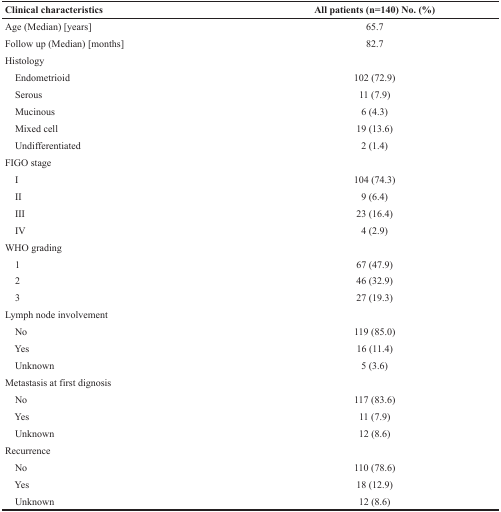
| Clinical characteristics | All patients (n=140) No. (%) |
 | --- | --- |
 | Age (Median) [years] | 65.7 |
 | Follow up (Median) [months] | 82.7 |
 | Histology |  |
 | Endometrioid | 102 (72.9) |
 | Serous | 11 (7.9) |
 | Mucinous | 6 (4.3) |
 | Mixed cell | 19 (13.6) |
 | Undifferentiated | 2 (1.4) |
 | FIGO stage |  |
 | I | 104 (74.3) |
 | II | 9 (6.4) |
 | III | 23 (16.4) |
 | IV | 4 (2.9) |
 | WHO grading |  |
 | 1 | 67 (47.9) |
 | 2 | 46 (32.9) |
 | 3 | 27 (19.3) |
 | Lymph node involvement |  |
 | No | 119 (85.0) |
 | Yes | 16 (11.4) |
 | Unknown | 5 (3.6) |
 | Metastasis at first dignosis |  |
 | No | 117 (83.6) |
 | Yes | 11 (7.9) |
 | Unknown | 12 (8.6) |
 | Recurrence |  |
 | No | 110 (78.6) |
 | Yes | 18 (12.9) |
 | Unknown | 12 (8.6) |